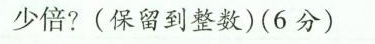
少倍?(保留到整数)(6分)